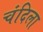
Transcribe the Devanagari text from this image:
चंदिला